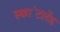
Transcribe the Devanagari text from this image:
स्का॓टलेंड